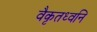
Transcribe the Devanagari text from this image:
वैकृतध्वनि